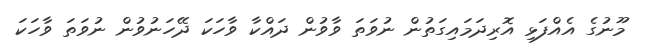
މޫނުގެ އެއްފަޅި އޮރިދަމައިގަތުން ނުވަތަ ވާވުން ދައްކާ ވާހަކަ ދޭހަނުވުން ނުވަތަ ވާހަކަ